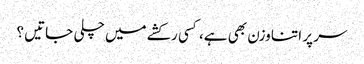
سر پر اتنا وزن بھی ہے، کسی رکشے میں چلی جاتیں ؟